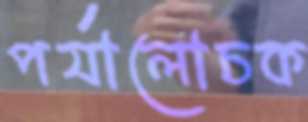
পর্যালোচক